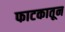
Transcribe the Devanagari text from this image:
फाटकातून